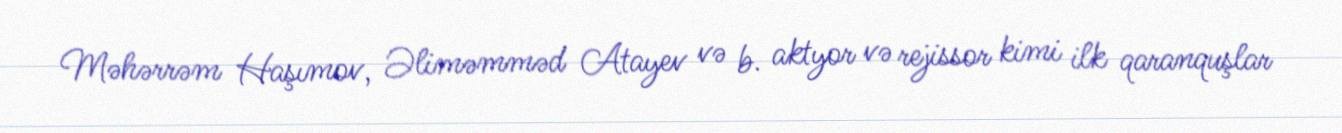
Məhərrəm Haşımov, Əliməmməd Atayev və b. aktyor və rejissor kimi ilk qaranquşlar